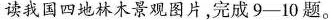
读我国四地林木景观图片，完成9-10题。